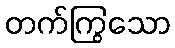
တက်ကြွသော